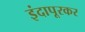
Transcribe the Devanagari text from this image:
इंदापूरकर